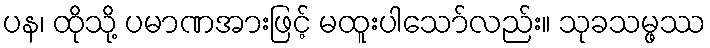
ပန၊ ထိုသို့ ပမာဏအားဖြင့် မထူးပါသော်လည်း။ သုခသမ္ဖဿ